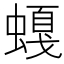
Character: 𲀁